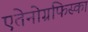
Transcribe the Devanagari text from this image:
एतेनोग्रफिस्का